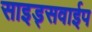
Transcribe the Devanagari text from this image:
साइड्सवाईप